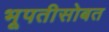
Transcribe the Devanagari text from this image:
भूपतीसोबत